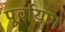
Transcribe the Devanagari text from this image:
पूर्वायण